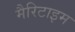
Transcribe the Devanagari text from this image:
मैरिटाइम